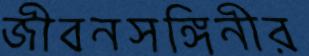
জীবনসঙ্গিনীর